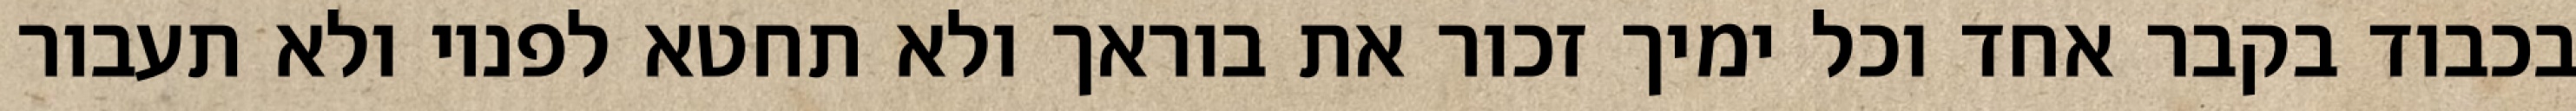
בכבוד בקבר אחד וכל ימיך זכור את בוראך ולא תחטא לפניו ולא תעבור